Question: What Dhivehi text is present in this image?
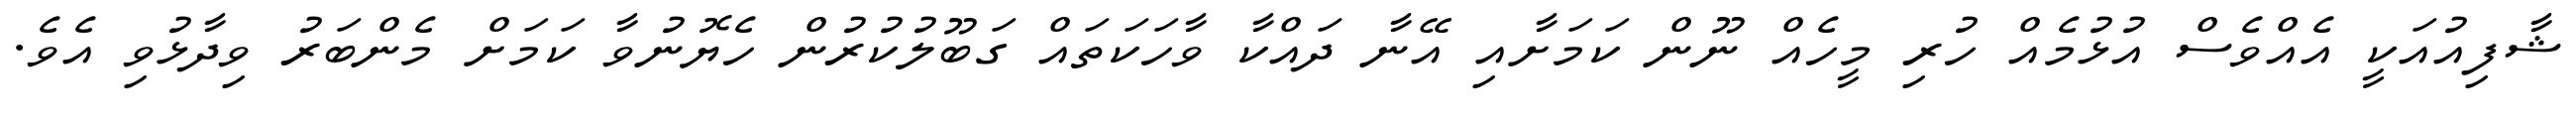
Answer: ޝާފިއުއަކީ އެއްވެސް އުޅުމެއް ހުރި މީހެއް ނޫން ކަމަށާއި އޭނާ ދައްކާ ވާހަކަތައް ގަބޫލުކުރުން ހެޔޮނުވާ ކަމަށް މެންބަރު ވިދާޅުވި އެވެ.